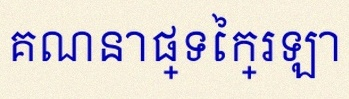
គណនាផ្ទៃក្រឡា